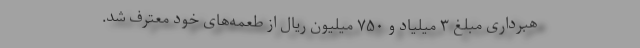
هبرداری مبلغ ۳ میلیاد و ۷۵۰ میلیون ریال از طعمه‌های خود معترف شد.